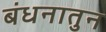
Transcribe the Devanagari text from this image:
बंधनातुन